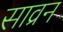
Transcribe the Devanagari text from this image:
साव्रन